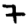
Digit: 7